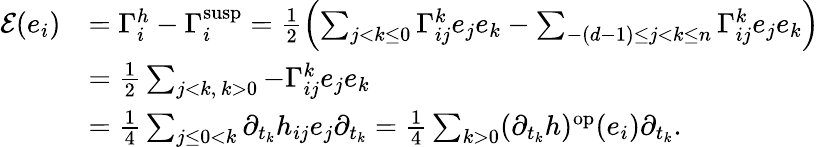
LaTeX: \begin{array}{rl}{\mathcal{E}(e_{i})}&{=\Gamma_{i}^{h}-\Gamma_{i}^{\mathrm{susp}}=\frac{1}{2}\left(\sum_{j<k\leq 0}\Gamma_{ij}^{k}e_{j}e_{k}-\sum_{-(d-1)\leq j<k\leq n}\Gamma_{ij}^{k}e_{j}e_{k}\right)}\\ &{=\frac{1}{2}\sum_{j<k,\, k>0}-\Gamma_{ij}^{k}e_{j}e_{k}}\\ &{=\frac{1}{4}\sum_{j\leq 0<k}\partial_{t_{k}}h_{ij}e_{j}\partial_{t_{k}}=\frac{1}{4}\sum_{k>0}(\partial_{t_{k}}h)^{\mathrm{op}}(e_{i})\partial_{t_{k}}.}\end{array}